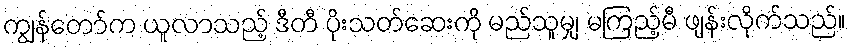
ကျွန်တော်က ယူလာသည့် ဒီတီ ပိုးသတ်ဆေးကို မည်သူမျှ မကြည့်မီ ဖျန်းလိုက်သည်။